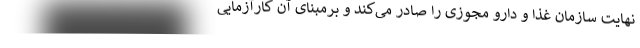
نهایت سازمان غذا و دارو مجوزی را صادر می‌کند و برمبنای آن کارآزمایی